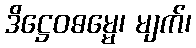
ဒိဋ္ဌေဝဓမ္မေ၊ မျက်၊